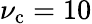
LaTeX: \nu_{\mathrm{c}}=10